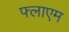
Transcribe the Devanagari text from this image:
फ्लाएम